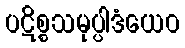
ပဋိစ္စသမုပ္ပါဒံယေဝ